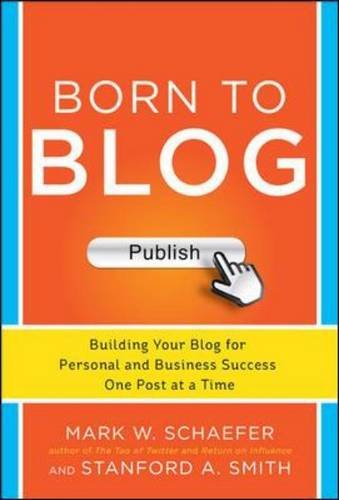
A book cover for Born to Blog: Building Your Blog for Personal and Business Success One Post at a Time; Mark Schaefer; Computers & Technology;